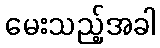
မေးသည့်အခါ